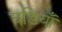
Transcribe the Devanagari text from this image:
घडियाँ